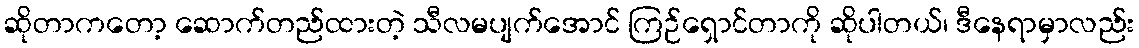
ဆိုတာကတော့ ဆောက်တည်ထားတဲ့ သီလမပျက်အောင် ကြဉ်ရှောင်တာကို ဆိုပါတယ်၊ ဒီနေရာမှာလည်း